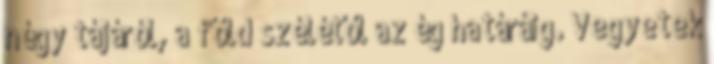
négy tájáról, a föld szélétől az ég határáig. Vegyetek